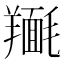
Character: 𮊴